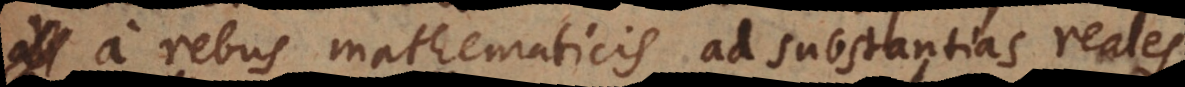
a rebus mathematicis ad substantias reales.